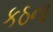
કઠના